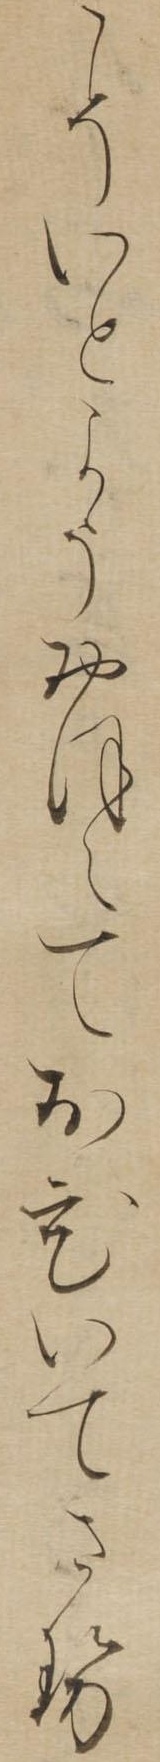
こそいとようおほえておひいてさせ